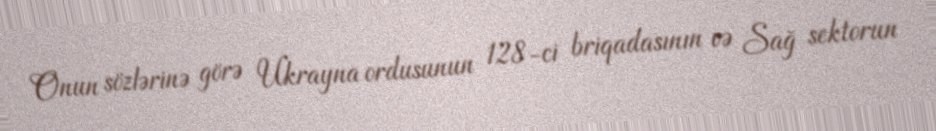
Onun sözlərinə görə Ukrayna ordusunun 128-ci briqadasının və Sağ sektorun